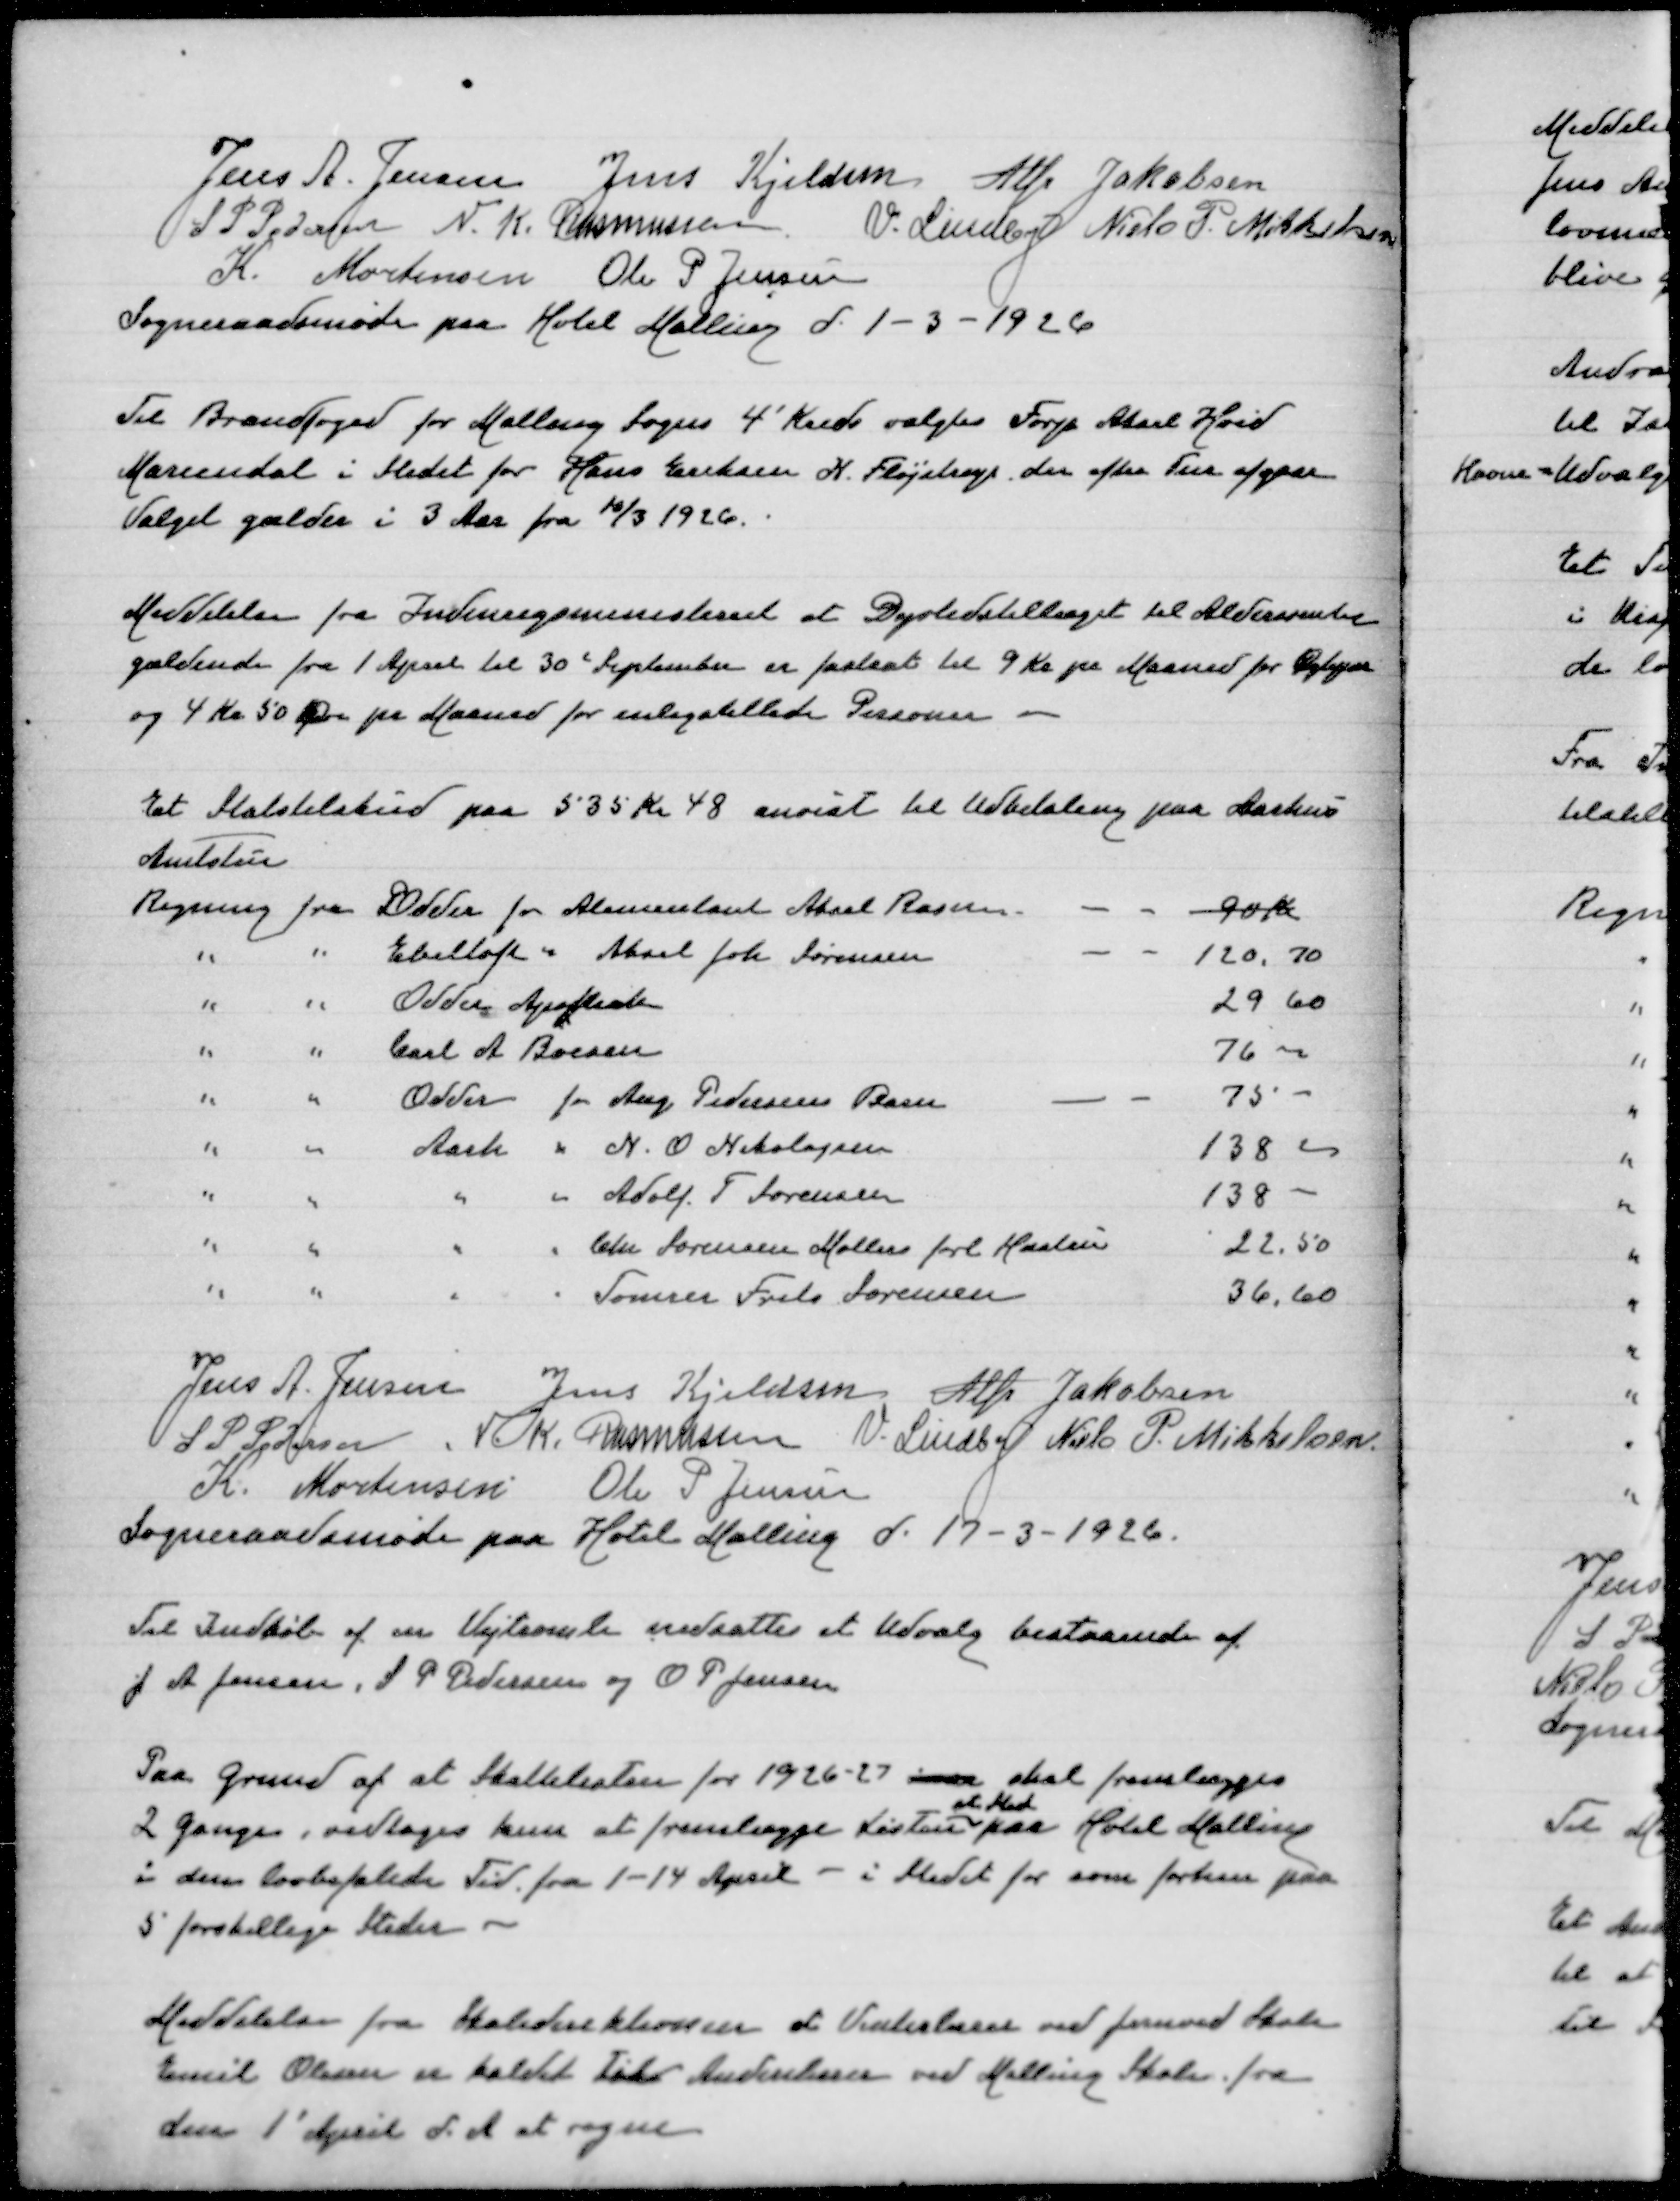
Transskription:
Jens A Jensen
Jens Kjeldsen
Alfr Jakobsen
S P Pedersen
N K Rasmussen
V Lindby
Niels P Mikkelsen
K Mortensen
Ole P Jensen
Sogneraadsmøde paa Hotel Malling d 1-3-1926

Til Brandfoged for Malling Sogns 4' Kreds valgtes Forp Aksel Hvid
Mariendal i Stedet for Hans Eriksen N Fløjstrup der efter Tur afgaar
Valget gælder i 3 Aar fra 10/3 1926

Meddelelse fra Indenrigsministeriet at Dyrtidstillæget til Aldersrente
gældende fra 1 April til 30 September er fastsat til 9 Kr pr Maaned for Ægtepar
og 4 Kr 50 Øre pr Maaned for enligstillede Personer

Et Statstilskud paa 535 Kr 48 anvist til Udbetaling paa Aarhus
Amtsstue
Regning fra Oddder for Alumentant Aksel Rasmussen
90 Kr
" " Ebeltoft " Aksel Joh Sørensen
120,70
" " Odder Aphotek
29,60
" " Carl A Boesen
76,00
" " Odder for Aug Pedersens Barn
75,00
" " Aarh " N O Nikolajsen
138,00
" " " " Adolf T Sørensen
138,00
" " " " Chr Sørensen Møllers  Hustru
22,50
" " " " Tømrer Frits Sørensen
36,60

Jens A Jensen
Jens Kjeldsen
Alfr Jakobsen
S P Pedersen
N K Rasmussen
V Lindby
Niels P Mikkelsen
K Mortensen
Ole P Jensen
Sogneraadsmøde paa Hotel Malling den 12-3-1926

Til Indkøb af Vejtromle nedsattes et Udvalg bestaaende af
J A Jensen, S P Pedersen og O P Jenseb

Paa Grund af at Skatteraten for 1926-27 som skal forelægges
et Sted
2 Gange, vedtoges kun at fremlægge Listen paa Hotel Malling
i den lovbefalede Tid fra 1-14 April - i Stedet for som forhen paa
5 forskellige Steder

Meddelelse fra Skoledirektionen at Underlærer ved Jernved Skole
Emil Olesen er kaldet til Andenlærer ved Malling Skole fra
den 1' April d A at regne